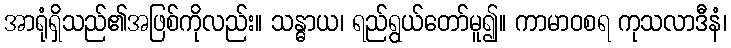
အာရုံရှိသည်၏အဖြစ်ကိုလည်း။ သန္ဓာယ၊ ရည်ရွယ်တော်မူ၍။ ကာမာဝစရ ကုသလာဒီနံ၊